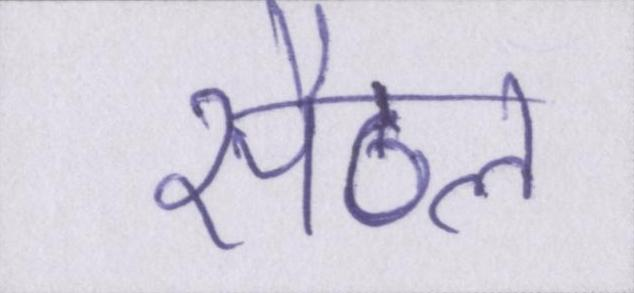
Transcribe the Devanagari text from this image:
सैटल